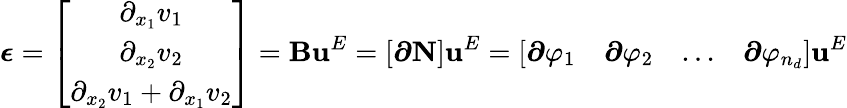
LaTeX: \boldsymbol{\epsilon}=\left[\begin{array}{c}{\partial_{x_{1}}v_{1}}\\ {\partial_{x_{2}}v_{2}}\\ {\partial_{x_{2}}v_{1}+\partial_{x_{1}}v_{2}}\end{array}\right]=\mathbf{B}\mathbf{u}^{E}=\left[\boldsymbol{\partial}\mathbf{N}\right]\mathbf{u}^{E}=\left[\begin{array}{cccc}{\boldsymbol{\partial}\varphi_{1}}&{\boldsymbol{\partial}\varphi_{2}}&{...}&{\boldsymbol{\partial}\varphi_{n_{d}}}\end{array}\right]\mathbf{u}^{E}